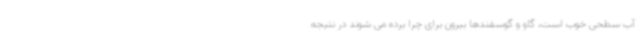
آب سطحی خوب است، گاو و گوسفندها بیرون برای چرا برده می شوند در نتیجه